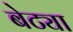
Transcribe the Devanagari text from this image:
बेट्या